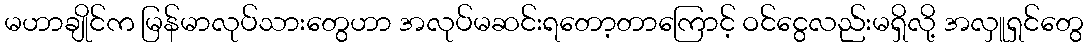
မဟာချိုင်က မြန်မာလုပ်သားတွေဟာ အလုပ်မဆင်းရတော့တာကြောင့် ဝင်ငွေလည်းမရှိလို့ အလှူရှင်တွေ